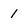
Character: 1